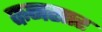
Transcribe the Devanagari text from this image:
कनसार